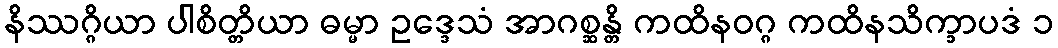
နိဿဂ္ဂိယာ ပါစိတ္တိယာ ဓမ္မာ ဥဒ္ဒေသံ အာဂစ္ဆန္တိ ကထိနဝဂ္ဂ ကထိနသိက္ခာပဒံ ၁